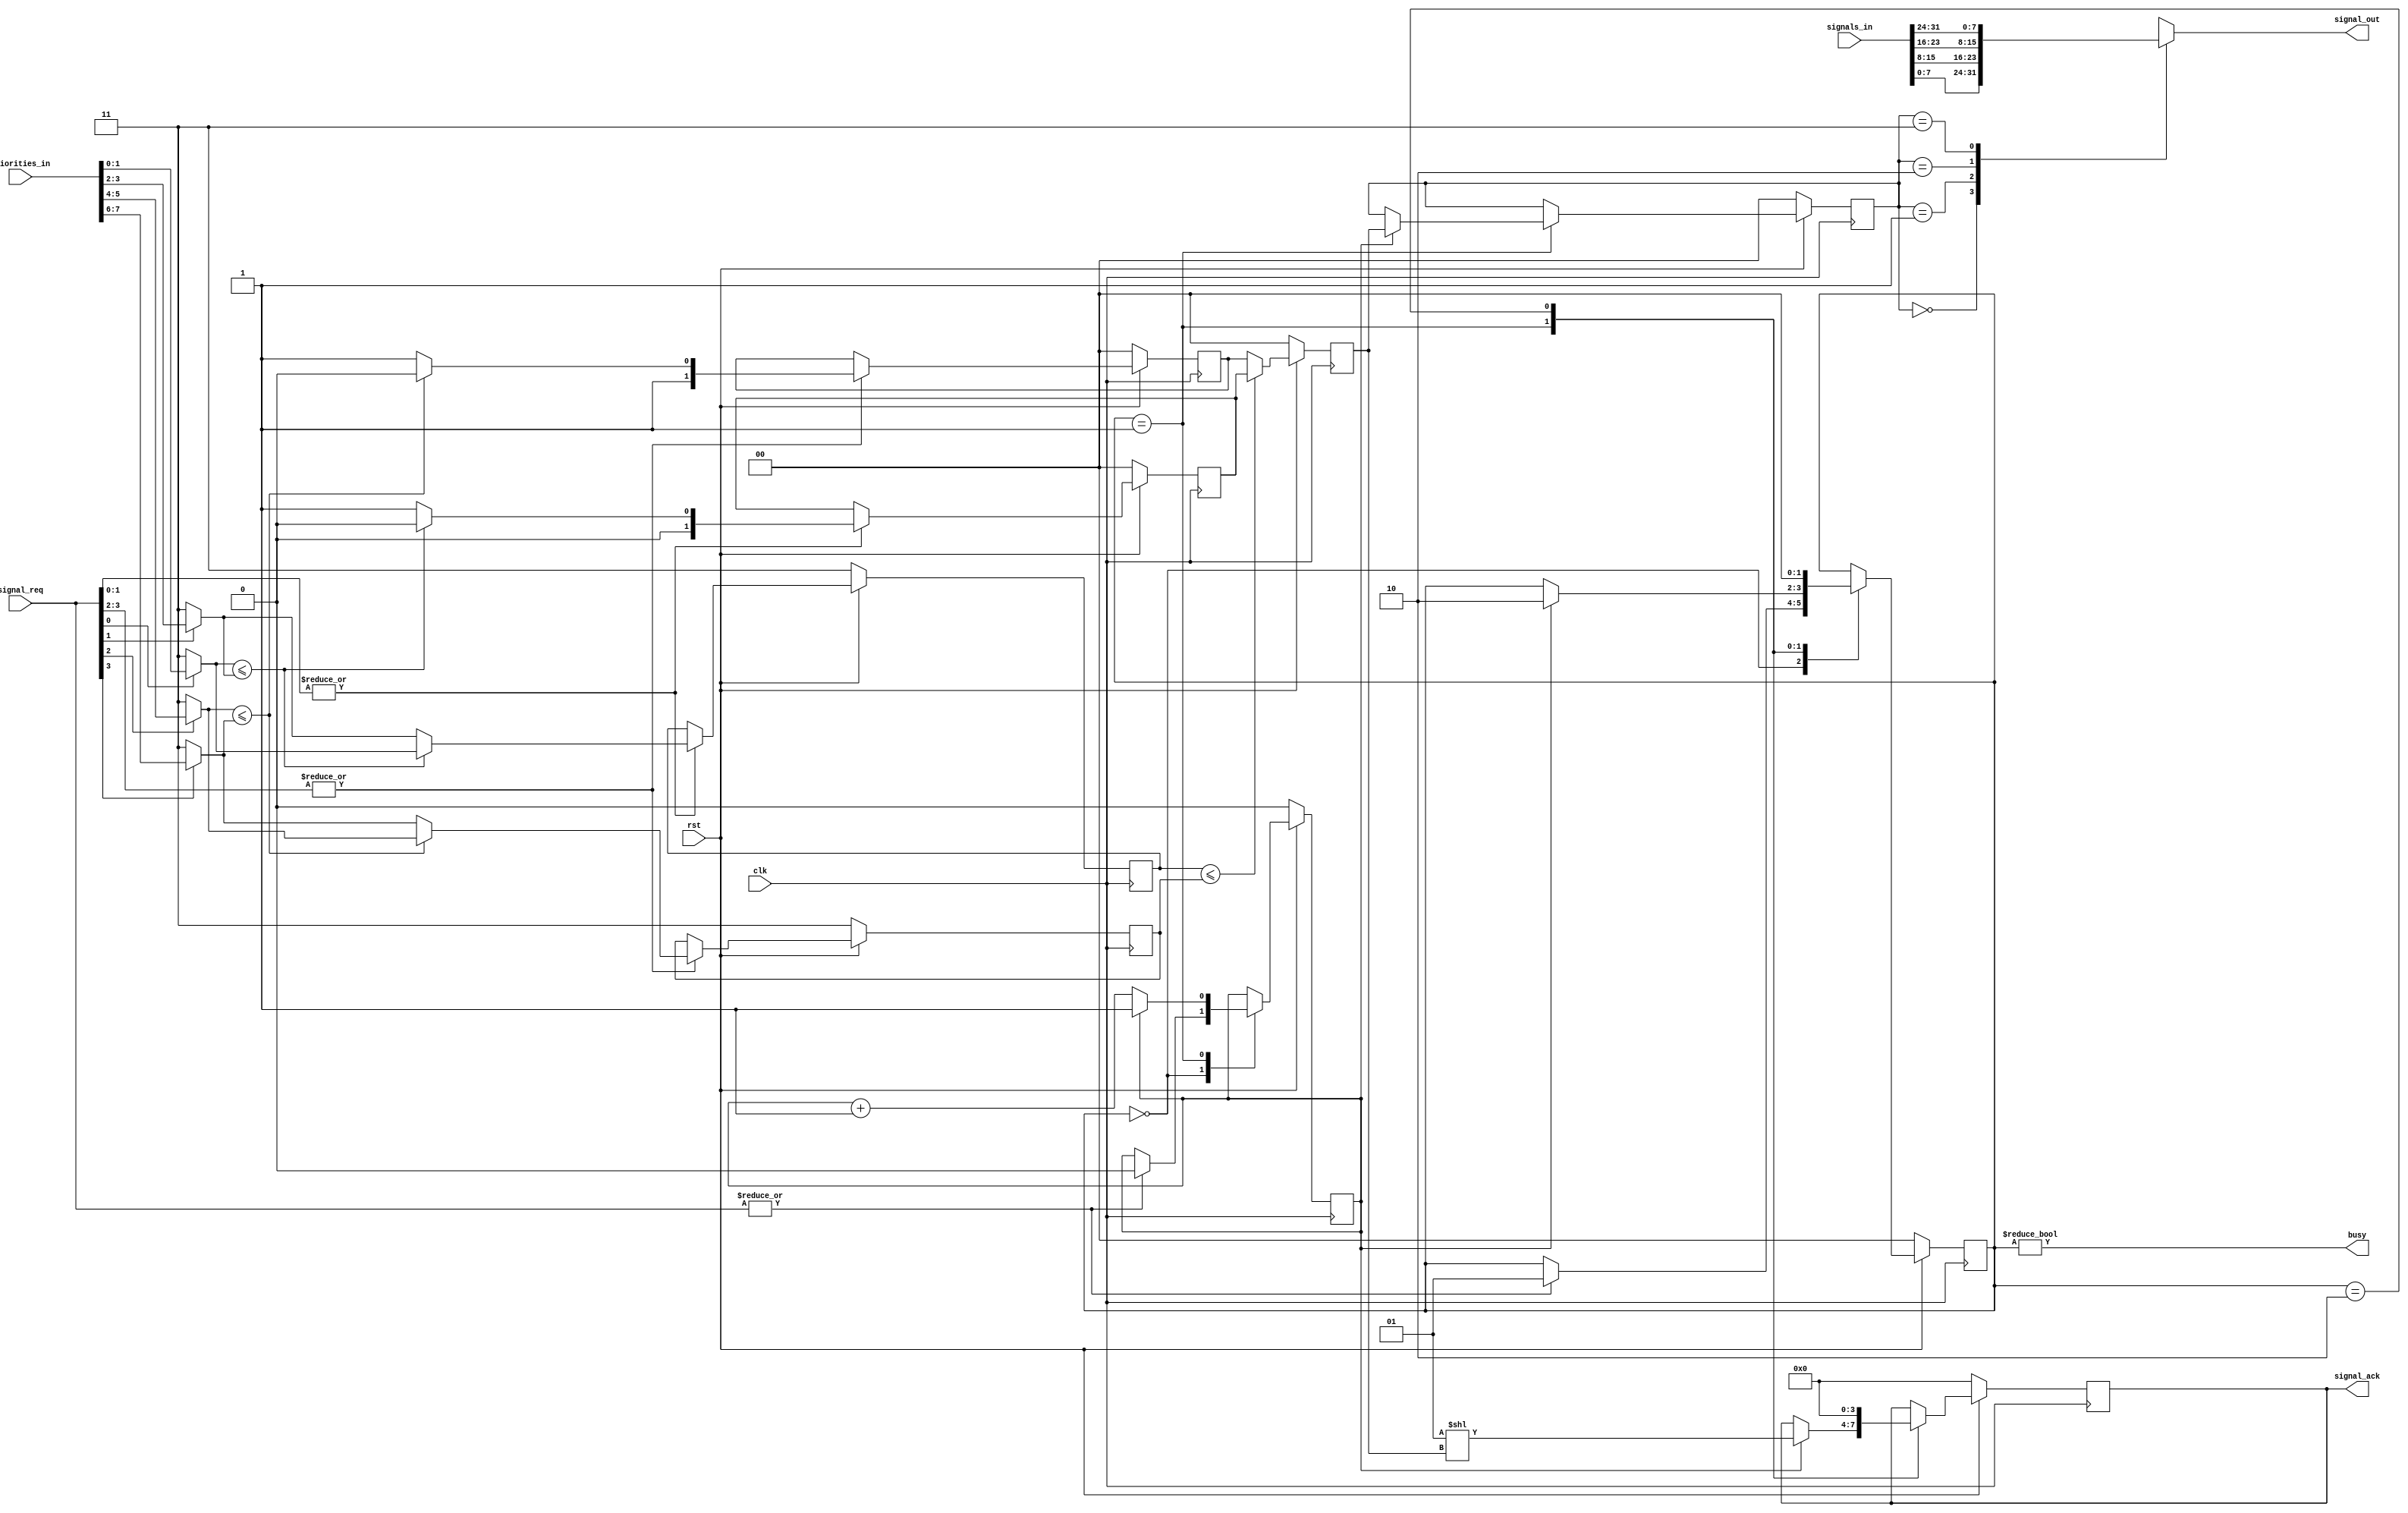
module priority_mux
  #(
    parameter N_PRIORITY_WIDTH = 2,
    parameter N_SIGNAL_WIDTH = 8,
    parameter N_SIGNALS = 4
  )
  (
    input clk,
    input rst,
    input [N_PRIORITY_WIDTH * N_SIGNALS - 1: 0] priorities_in,
    input [N_SIGNAL_WIDTH * N_SIGNALS - 1: 0] signals_in,
    output [N_SIGNAL_WIDTH - 1 : 0] signal_out,
    input [N_SIGNALS - 1 : 0] signal_req,
    output reg [N_SIGNALS - 1 : 0] signal_ack,
    output busy
  );

  /* Define what operand to use for comparison */
  `define OPERAND <=

  /* Define number of stages required */
  localparam N_STAGES = $clog2(N_SIGNALS);
  localparam MIN_PRIORITY = 2**N_PRIORITY_WIDTH - 1;

  /* Define signals variable for readability */
  wire [N_SIGNAL_WIDTH - 1 : 0] signals_w [N_SIGNALS - 1 : 0];
  wire [N_PRIORITY_WIDTH - 1 : 0] priorities_w [N_SIGNALS - 1 : 0];

  /* Define stages of comparisons */
  reg [N_PRIORITY_WIDTH - 1 : 0] p_compares_q [N_SIGNALS - 2 : 0]; // N_SIGNALS - 1 registers, stores the relevant input signal
  reg [N_STAGES - 1 : 0] p_selections_q [N_SIGNALS - 2 : 0]; // N_SIGNALS - 1 registers, stores the best priority resultant

  genvar stage, i;
  generate
    for(stage = 0; stage < N_STAGES; stage = stage + 1) begin : stage_inst
      for(i = 0; i < (N_SIGNALS / (2 ** (stage + 1))); i = i + 1) begin : compare_inst
        localparam index = i * 2; // Calculated outside procedural blocks
        if(stage == 0) begin
          always @(posedge clk) begin
            if (!rst) begin
              p_compares_q[i] <= MIN_PRIORITY;
              p_selections_q[i] <= 0;
            end else begin
              if (|signal_req[index + 1 : index]) begin
                p_compares_q[i] <= (priorities_w[index] `OPERAND priorities_w[index + 1]) ? priorities_w[index] : priorities_w[index + 1];
                p_selections_q[i] <= (priorities_w[index] `OPERAND priorities_w[index + 1]) ? index : (index + 1);
              end
            end
          end
        end else begin
          localparam j_0 = N_SIGNALS - N_SIGNALS / (2 ** (stage - 1));
          localparam j_1 = N_SIGNALS - N_SIGNALS / (2 ** (stage));
          always @(posedge clk) begin
            if (!rst) begin
              p_compares_q[j_1 + i] <= MIN_PRIORITY;
              p_selections_q[j_1 + i] <= 0;
            end else begin
              p_compares_q[j_1 + i] <= (p_compares_q[j_0 + index] `OPERAND p_compares_q[j_0 + index + 1]) ? p_compares_q[j_0 + index] : p_compares_q[j_0 + index + 1];
              p_selections_q[j_1 + i] <= (p_compares_q[j_0 + index] `OPERAND p_compares_q[j_0 + index + 1]) ? p_selections_q[j_0 + index] : p_selections_q[j_0 + index + 1];
            end
          end
        end
      end
    end
  endgenerate

  /* Assign signals_w wire */
  genvar j;
  generate
    for(j = 0; j < N_SIGNALS; j = j + 1) begin : signal_inst
      assign signals_w[j] = signals_in[(j + 1) * N_SIGNAL_WIDTH - 1 : j * N_SIGNAL_WIDTH];
      assign priorities_w[j] = signal_req[j] ? priorities_in[(j + 1) * N_PRIORITY_WIDTH - 1 : j * N_PRIORITY_WIDTH] : MIN_PRIORITY;
    end
  endgenerate

  /* Define states for state machine */
  localparam [1 : 0] STATE_IDLE = 0,
  STATE_WAIT = 1,
  STATE_DONE = 2;
  reg [1 : 0] state;

  /* Define stage counter for wait operation */
  localparam N_CNT_WIDTH = $clog2(N_STAGES);
  reg [N_CNT_WIDTH - 1 : 0] cnt_stage;
  reg [N_STAGES - 1 : 0] final_selection;

  /* Define state machine logic */
  always @ (posedge clk) begin
    if(!rst) begin
      signal_ack <= 0;
      final_selection <= 0;
      cnt_stage <= 0;
      state <= STATE_IDLE;
    end 
    else begin
      case (state)
        STATE_IDLE : begin
          if(|signal_req) begin
            cnt_stage <= 0;
            state <= STATE_WAIT;
          end
        end

        STATE_WAIT : begin
          if(cnt_stage == N_STAGES - 1) begin
            signal_ack <= 1 << p_selections_q[N_SIGNALS - 2]; // Records indicies of selection at each stage
            final_selection <= p_selections_q[N_SIGNALS - 2]; // Records priorities at each stage
            state <= STATE_DONE;
          end 
          else begin
            cnt_stage <= cnt_stage + 1;
          end
        end

        STATE_DONE : begin
          signal_ack <= 0;
          state <= STATE_IDLE;
        end
      endcase
    end
  end
    
  assign signal_out = signals_w[final_selection];
  assign busy = state != STATE_IDLE;
    
endmodule